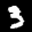
Label: 3